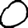
Digit: 0